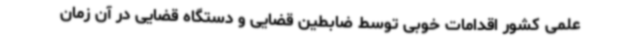
علمی کشور اقدامات خوبی توسط ضابطین قضایی و دستگاه قضایی در آن زمان